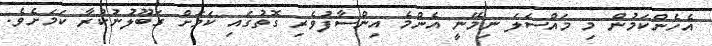
އެހެންކަމުން މި މައްސަލަ ނިމޭނީ އެންމެ އިންސާފުވެރި ގޮތުގައި ކަމަށް ގަބޫލުނުކުރާ ކަމަށެވެ.